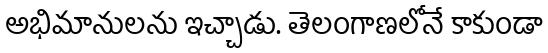
అభిమానులను ఇచ్చాడు. తెలంగాణలోనే కాకుండా